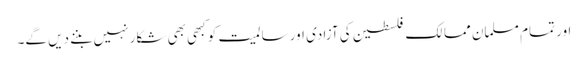
اور تمام مسلمان ممالک فلسطین کی آزادی اور سالمیت کو کبھی بھی شکار نہیں بننے دیں گے۔